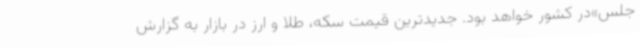
جلس»در کشور خواهد بود. جدیدترین قیمت سکه، طلا و ارز در بازار به گزارش